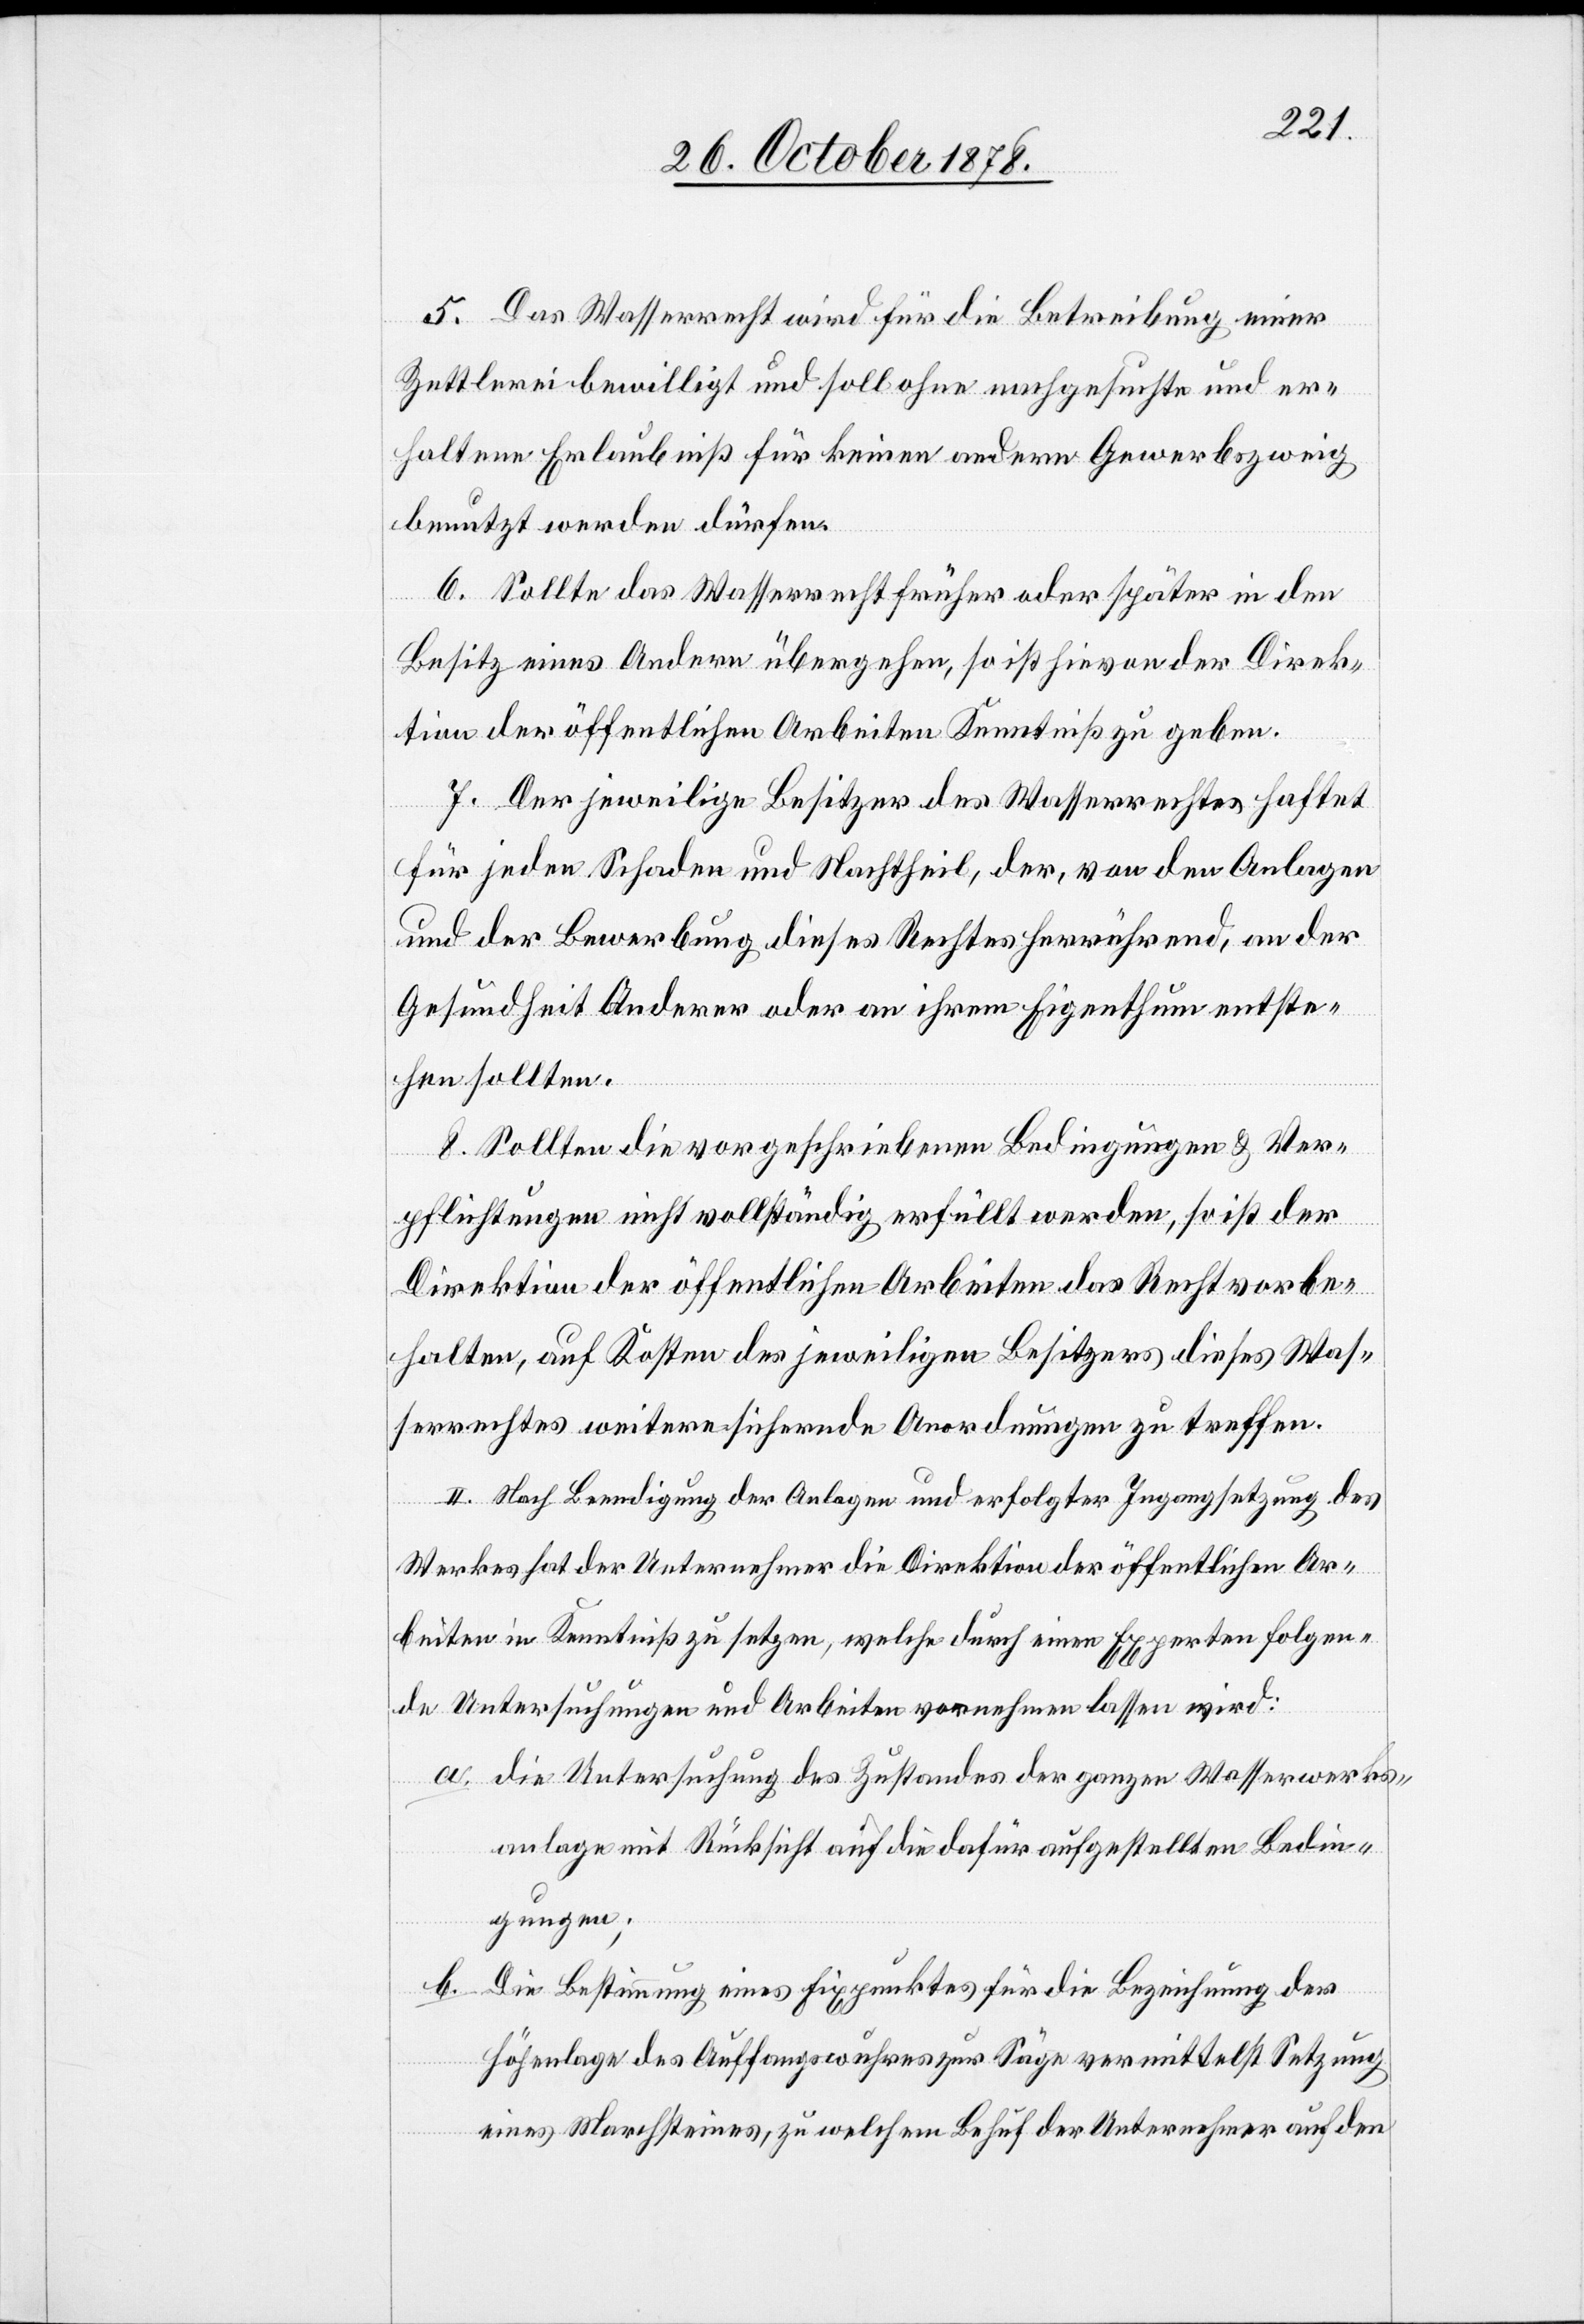
5. Das Wasserrecht wird für die Betreibung einer
Zettlerei bewilligt und soll ohne nachgesuchte und er¬
haltene Erlaubniß für keinen anderen Gewerbszweig
benutzt werden dürfen.
6. Sollte das Wasserrecht früher oder später in den
Besitz eines andern übergehen, so ist hievon der Direk¬
tion der öffentlichen Arbeiten Kenntniß zu geben.
7. Der jeweilige Besitzer des Wasserrechtes haftet
für jeden Schaden und Nachtheil, der, von den Anlagen
und der Bewerbung dieses Rechtes herrührend, an der
Gesundheit Anderer oder an ihrem Eigenthum entste¬
hen sollten.
8. Sollten die vorgeschriebenen Bedingungen & Ver¬
pflichtungen nicht vollständig erfüllt werden, so ist der
Direktion der öffentlichen Arbeiten das Recht vorbe¬
halten, auf Kosten des jeweiligen Besitzers dieses Was¬
serrechtes weitere sichernde Anordnungen zu treffen.
II. Nach Beendigung der Anlagen und erfolgter Ingangsetzung des
Werkes hat der Unternehmer die Direktion der öffentlichen Ar¬
beiten in Kenntniß zu setzen, welche durch einen Experten folgen¬
de Untersuchungen und Arbeiten vornehmen lassen wird:
a. die Untersuchung des Zustandes der ganzen Wasserwerks¬
anlage mit Rücksicht auf die dafür aufgestellten Bedin¬
gungen;
b. Die Bestimmung eines Fixpunktes für die Bezeichnung der
Höhenlage des Auffangswuhres zur Säge vermittelst Setzung
eines Marchsteines, zu welchem Behuf der Unternehmer auf den